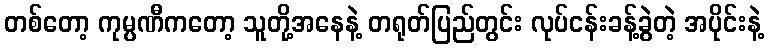
တစ်တော့ ကုမ္ပဏီကတော့ သူတို့အနေနဲ့ တရုတ်ပြည်တွင်း လုပ်ငန်းခန့်ခွဲတဲ့ အပိုင်းနဲ့